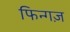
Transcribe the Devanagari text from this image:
फिन्गज़